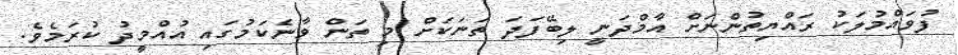
ފުވައްމުލަކު ރައްޔިތުންނަށް އާމްދަނީ ލިބޭފަދަ ތަނަކަށް މި ތަން ވާނެކަމުގައި އުއްމީދު ކުރަމެވެ.